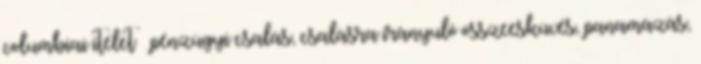
columbiai ítélet – pénzügyi csalás, csalásra irányuló összeesküvés, panamázás,